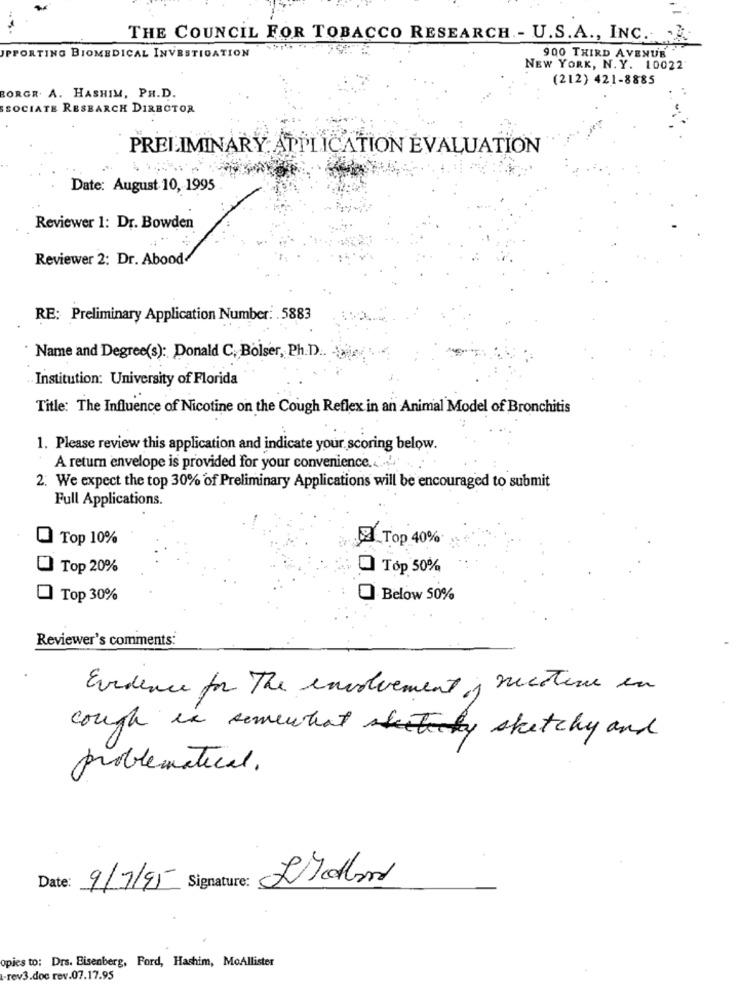
THE COUNCIL FOR TOBACCO RESEARCH .- U.S.A ., INC .. ..
JPPORTING BIOMEDICAL INVESTIGATION
900 THIRD AVENUE
NEW YORK, N. Y. 10022
(212) 421-8885
BORGR. A. HASHIM, PH.D.
SOCIATE RESEARCH DIRECTOR
PRELIMINARY: APPLICATION EVALUATION
Date: August 10, 1995
Reviewer 1: Dr. Bowden
Reviewer 2: Dr. Abood
RE: Preliminary Application Number: . 5883
" Name and Degree(s): Donald C. Bolser, Ph.D) ..
Institution: University of Florida
Title: The Influence of Nicotine on the Cough Reflex in an Animal Model of Bronchitis
1. Please review this application and indicate your scoring below.
A return envelope is provided for your convenience ......
2. We expect the top 30% of Preliminary Applications will be encouraged to submit
Full Applications.
@ Top 10%
2 Top 40%
Top 20%
Top 50%
Top 30%
Below 50%
Reviewer's comments:
Evidence for The involvement is mettere in
cough in somewhat staticky sketchy and
problematical.
Date: 9/7/95 Signature:
opies to: Drs. Eisenberg, Ford, Hashim, MoAllister
-rev3.doc rev.07.17.95